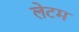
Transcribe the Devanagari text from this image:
लेटम